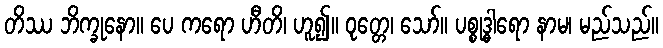
တိဿ ဘိက္ခုနော။ ပေ ကရော ဟီတိ၊ ဟူ၍။ ဝုတ္တေ၊ သော်။ ပစ္စုဒ္ဓါရော နာမ၊ မည်သည်။